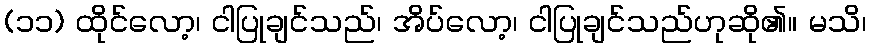
(၁၁) ထိုင်လော့၊ ငါပြုချင်သည်၊ အိပ်လော့၊ ငါပြုချင်သည်ဟုဆို၏။ မသိ၊